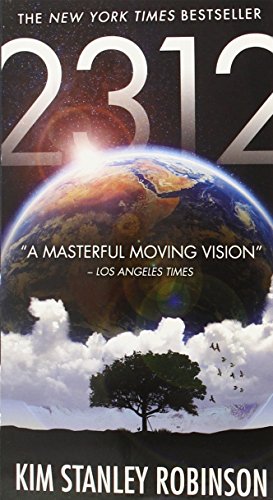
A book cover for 2312; Kim Stanley Robinson; Science Fiction & Fantasy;